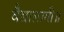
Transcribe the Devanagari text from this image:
वैद्यालागी॥